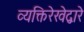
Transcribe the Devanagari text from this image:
व्यक्तिरेखेद्वारे